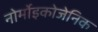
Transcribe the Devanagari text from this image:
नोर्मोइकोजेनिक